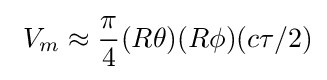
\ V_{m}\approx {\frac {\pi }{4}}(R\theta )(R\phi )(c\tau /2)